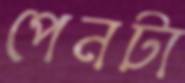
পেনটা